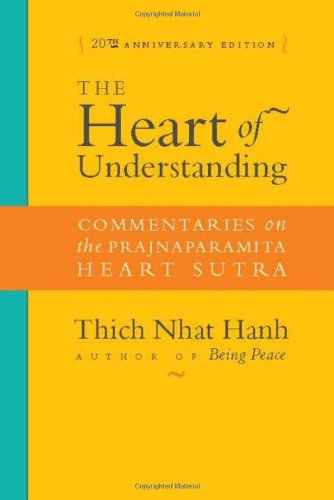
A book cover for The Heart of Understanding: Commentaries on the Prajnaparamita Heart Sutra; Thich Nhat Hanh; Literature & Fiction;